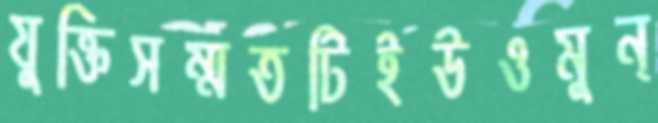
যুক্তিসম্মতটিইউওমুন্